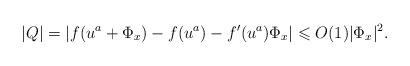
LaTeX: \begin{align*}|Q| = |f(u^a + \Phi_x) - f(u^a) - f'(u^a) \Phi_x|\leqslant O(1) |\Phi_x|^2.\end{align*}